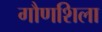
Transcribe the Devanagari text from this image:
गौणशिला